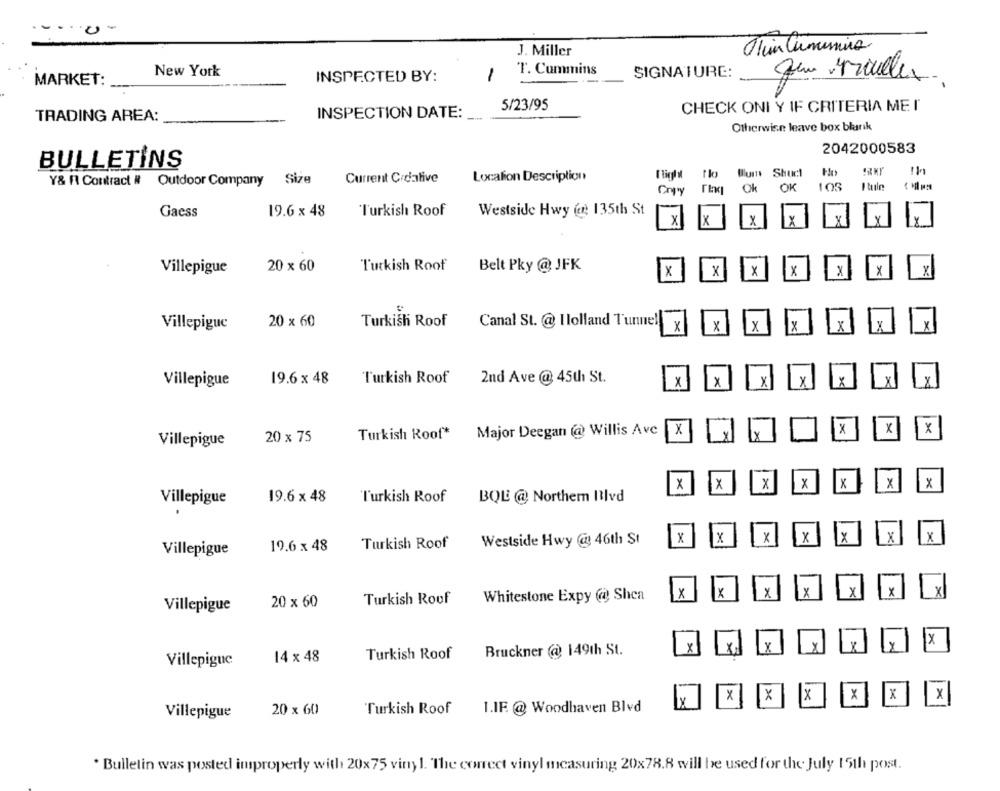
Mein Cunumina
J. Miller
T. Cummins
New York
INSPECTED BY:
-
SIGNATURE:
MARKET:
5/23/95
CHECK ONI Y IF CRITERIA MEI
TRADING AREA:
INSPECTION DATE:
Otherwise leave box blank
2042000583
BULLETINS
flight flo Blum Shudi Ho
Y& R Contract # Outdoor Company
Size
Current C/dative
Localion Description
Cray
Ok OK 105
Gacss
19.6 x 48
Turkish Roof
Westside Hwy (@: 135th St
X
X
Y
Villepigue
20 x 60
Turkish Roof
Belt Pky @ JFK
X
x
X
x
X
X
20 x 60
Turkish Roof
Canal St. @ I lolland Tunnel
Villepiguc
X
X
X
Lx
19.6 x 48
Turkish Roof
2nd Ave @ 45th St.
X
X
X
X
Y
Villepigue
X
Turkish Roof*
Major Deegan @ Willis Avc
X
Lx
X
X
X
Villepigue
20 x 75
X
X
X
x
x
X
X
19.6 × 48
Turkish Roof
BQE @ Northern Blvd
Villepigue
x
X
X
X
X
X
X
19.6 x 48
Turkish Roof
Westside Hwy @ 46th St
Villepigue
X
Y
Y
Turkish Roof
Whitestone Expy @ Shea
Villepigue
20 x 60
X
X
14 x 48
Turkish Roof
Bruckner @ 149th St.
Villepigue
x
X
X
X
X
x
20 x 60
Turkish Roof
1.IF. @ Woodhaven Blvd
Villepigue
. Bulletin was posted improperly with 20x75 vinyl. The correct vinyl measuring 20x78.8 will be used for the July 15th post.